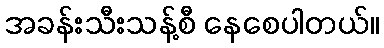
အခန်းသီးသန့်စီ နေစေပါတယ်။